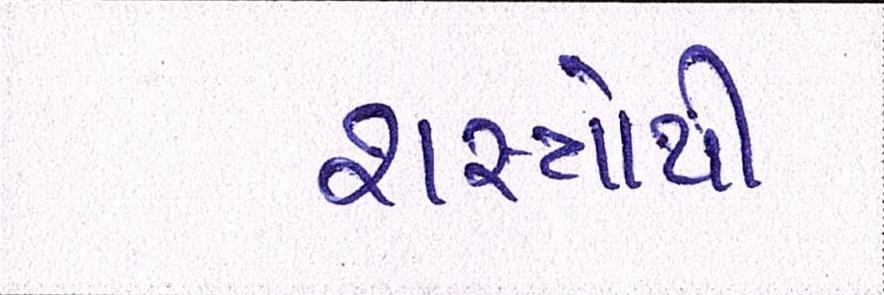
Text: શસ્ત્રોથી